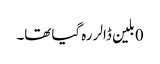
0بلین ڈالر رہ گیا تھا۔